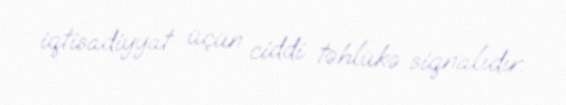
iqtisadiyyat üçün ciddi təhlükə siqnalıdır.